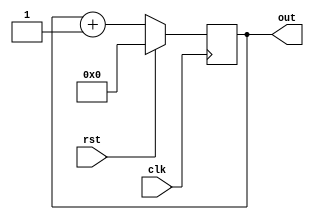
// 4

// 
module counter4_1(out,clk,rst);
output [3:0] out;
input clk,rst;
reg [3:0] out;

always @(posedge clk) begin
    if (rst) out <= 0;
    else out <= out + 1;
end

endmodule